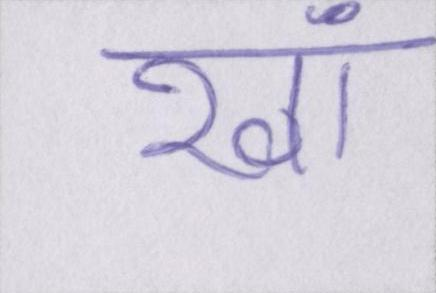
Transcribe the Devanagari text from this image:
खां